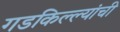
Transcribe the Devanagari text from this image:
गडकिल्ल्यांची